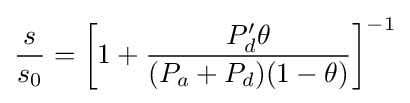
{\frac {s}{s_{0}}}=\left[1+{\frac {P_{d}'\theta }{(P_{a}+P_{d})(1-\theta )}}\right]^{-1}